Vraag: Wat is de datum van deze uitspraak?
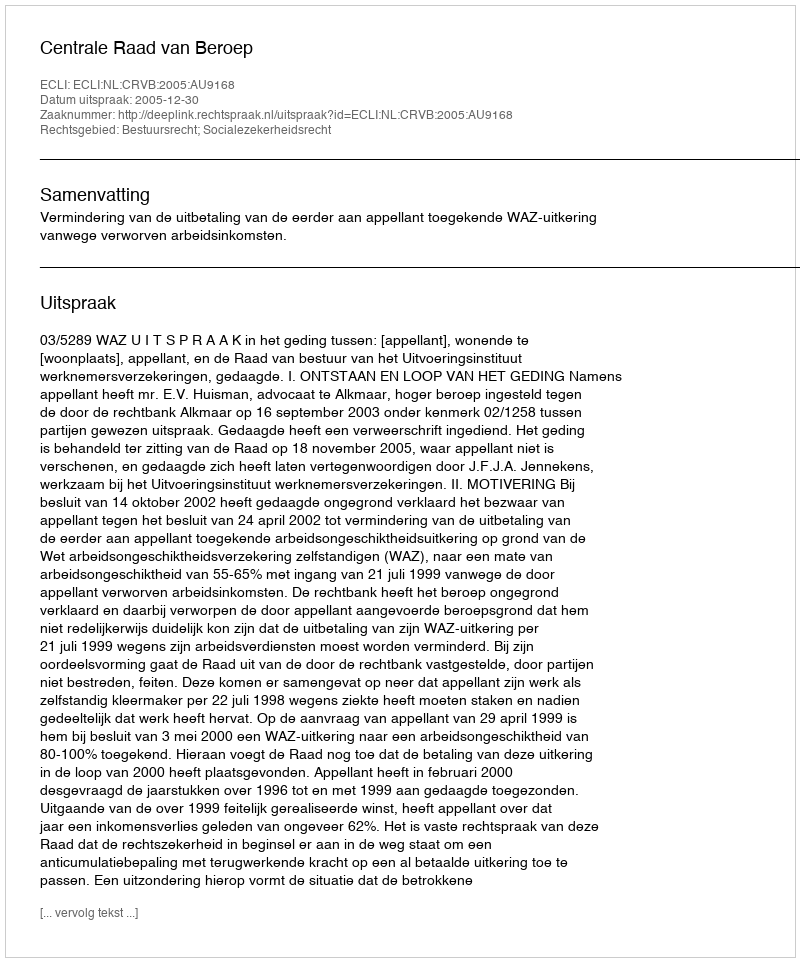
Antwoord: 2005-12-30